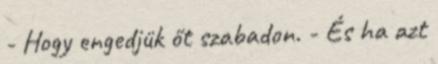
- Hogy engedjük őt szabadon. - És ha azt